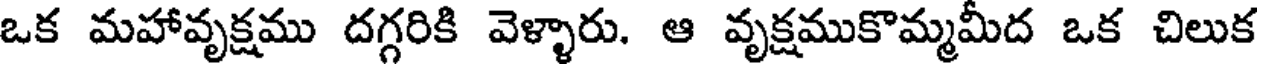
ఒక మహావృక్షము దగ్గరికి వెళ్ళారు. ఆ వృక్షముకొమ్మమీద ఒక చిలుక